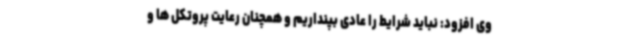
وی افزود: نباید شرایط را عادی بپنداریم و همچنان رعایت پروتکل ها و